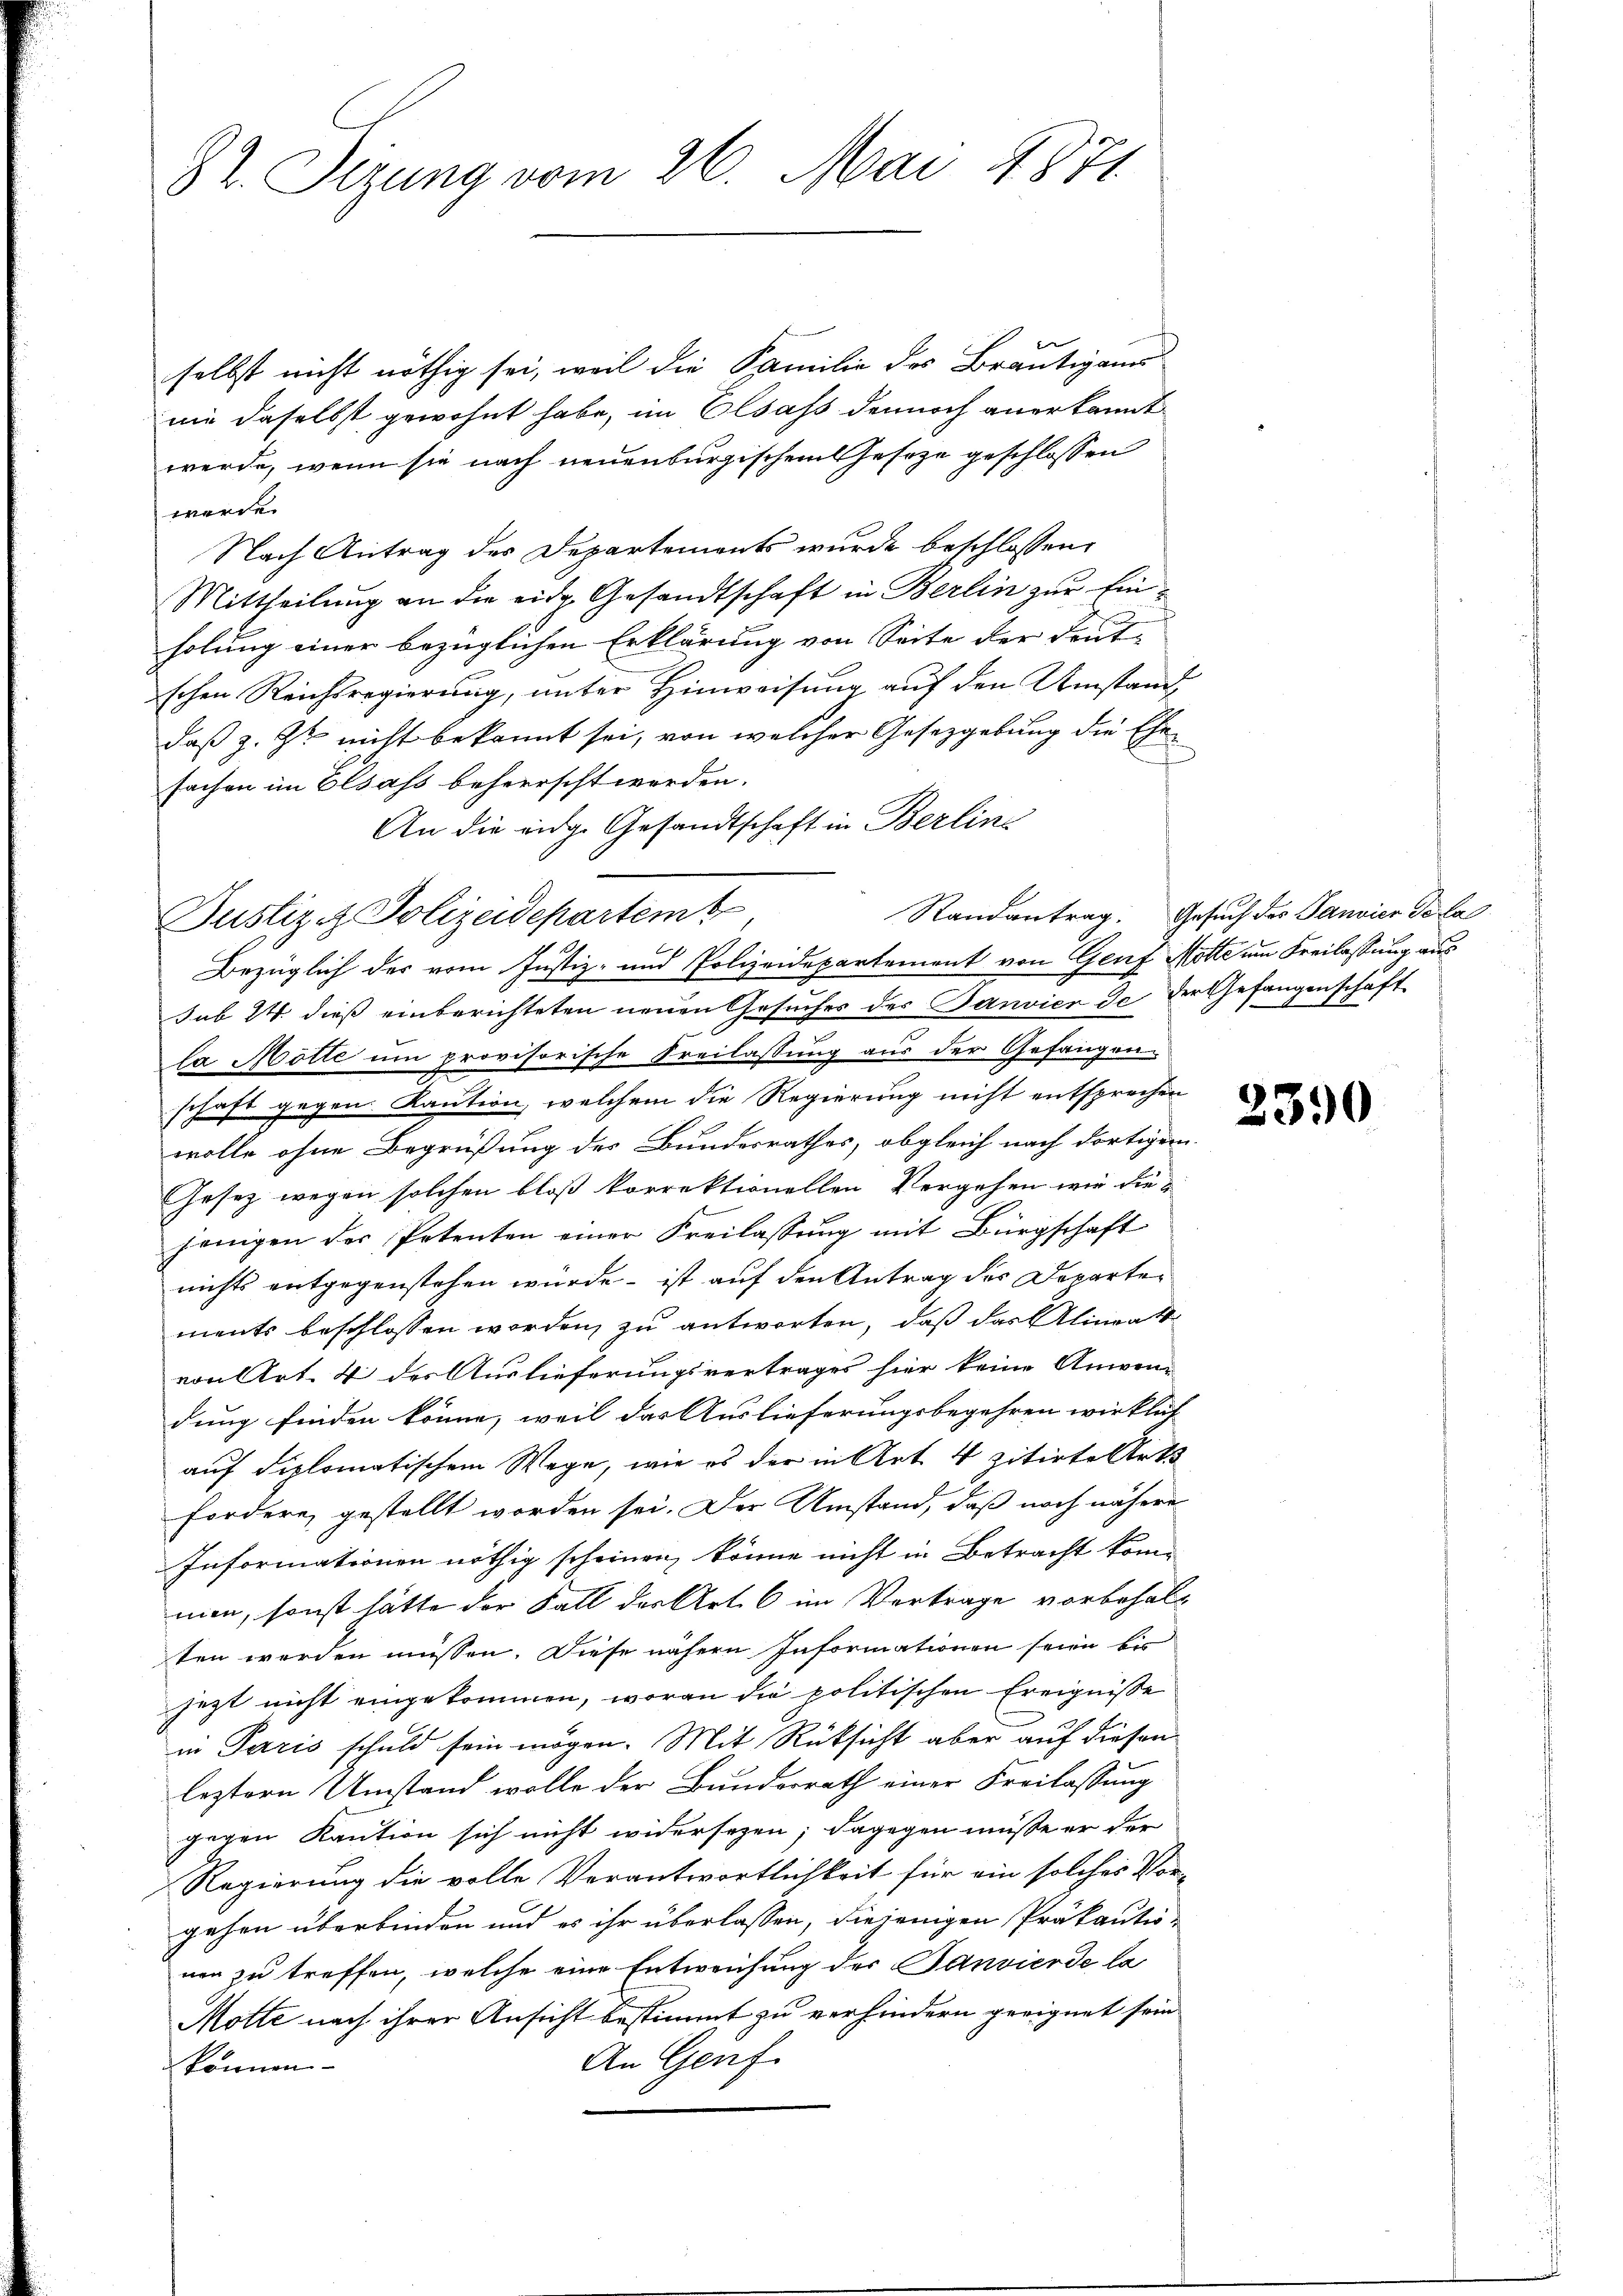
82. Sizung vom 26. Mai 1871.

selbst nicht nöthig sei, weil die Familie des Bräutigams
nie daselbst gewohnt habe, im Elsass dennoch anerkannt
werde, wenn sie nach neuenburgischem Geseze geschlossen
werde.
Nach Antrag des Departements wurde beschlossen,
Mittheilung an die eidg. Gesandtschaft in Berlin zur Einholung einer bezüglichen Erklärung von Seite der Deut-
schen Reichsregierung, unter Hinweisung auf den Umstand
daß z. Z. nicht bekannt sei, von welcher Gesetzgebung die Ehesachen im Elsass beherrscht werden.
An die eidge Gesandtschaft in Berline
sub 24. dieß einberichteten neuen Gesuches des Janvier de der Gefangenschaft
la Mötte um provisorische Freilassung aus der Gefangenschaft gegen Kaution, welchem die Regierung nicht entsprechen
wolle ohne Begrüßung des Bundesrathes, obgleich nach dortigem
Gesetz wegen solchen bloß korrektionellen Vergehen wie die
jenigen der Petenten einer Freilassŭng mit Bürgschaft
nichts entgegenstehen würde - ist auf den Antrag des Departements beschlossen worden, zu antworten, daß das Alineat
von Art. 4 des Auslieferungsvertrages hier keine Anwen-
dung finden könne, weil das Auslieferungsbegehren wirklich
auf diplomatischem Wege, wie es der in Art. 4 zitirte Art
fordere, gestellt worden sei. Der Umstand, daß noch nähere
Informationen nöthig scheinen könne nicht in Betracht kom-
men, sonst hätte der Fall des Art. 6 im Vertrage vorbehalten werden müssen. Diese nähern Informationen seien bis
jezt nicht eingekommen, woran die politischen Ereignisse
in Paris schuld sein mögen. Mit Rücksicht aber auf diesen
leztern Umstand wolle der Bunderrath einer Freilassung
gegen Kaution sich nicht widersezen; dagegen müsse er der
Regierung die volle Verantwortlichkeit für ein solches Vor-
gehen überbinden und es ihr überlassen, diejenigen Präkautionen zu treffen, welche eine Entweichung der Sanvierde la
Motte nach ihrer Ansicht bestimmt zu verhindern geeignet sein
An Genf.
können

Justiz & Polizeidepartemt

Bezüglich des vom Justiz- und Polizeidepartement von Genf Motte um Freilassung aus

Randantrag. Gesuch des Sanvier de la

2390